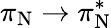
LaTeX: \pi_{\mathrm{N}}\rightarrow\pi_{\mathrm{N}}^{*}